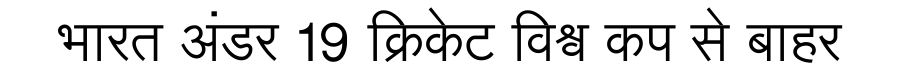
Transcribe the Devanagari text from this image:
भारत अंडर 19 क्रिकेट विश्व कप से बाहर